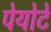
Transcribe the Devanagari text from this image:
पेयोटे